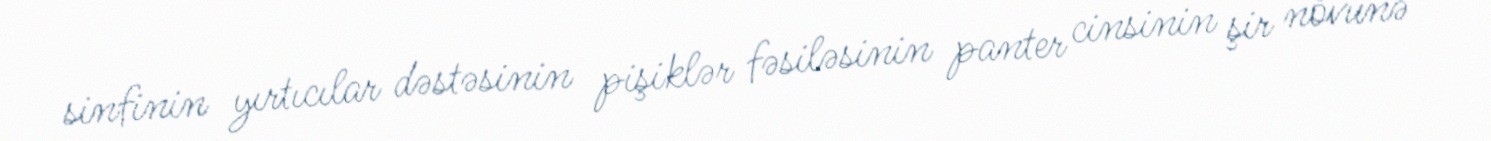
sinfinin yırtıcılar dəstəsinin pişiklər fəsiləsinin panter cinsinin şir növünə